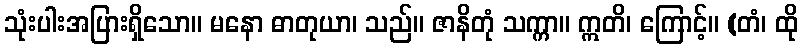
သုံးပါးအပြားရှိသော။ မနော ဓာတုယာ၊ သည်။ ဇာနိတုံ သက္ကာ။ ဣတိ၊ ကြောင့်။ (တံ၊ ထို